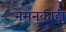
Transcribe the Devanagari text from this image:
नेमनुकीही